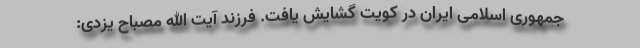
جمهوری اسلامی ایران در کویت گشایش یافت. فرزند آیت الله مصباح یزدی: